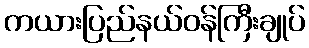
ကယားပြည်နယ်ဝန်ကြီးချုပ်